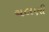
ચલણી